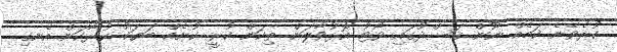
ކުރެވޭނެ ކަމެއް ނޫން..ޤަސްދުގައި ވޯޓު އޮޅުވާލަން ތިކަން ކުރީ...ކުށެއް ބަޔަކު ކުރާކަން އެނގި